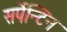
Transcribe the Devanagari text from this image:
सर्पेन्टिन